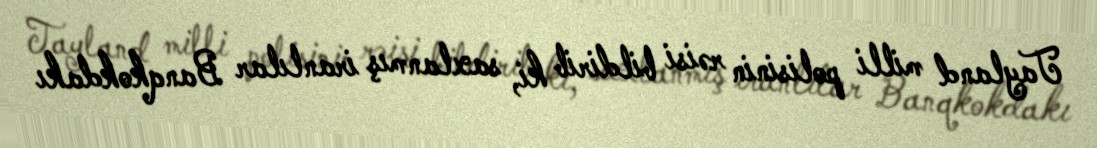
Tayland milli polisinin rəisi bildirib ki, saxlanmış iranlılar Banqkokdakı